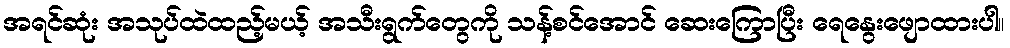
အရင်ဆုံး အသုပ်ထဲထည့်မယ့် အသီးရွက်တွေကို သန့်စင်အောင် ဆေးကြောပြီး ရေနွေးဖျောထားပါ။